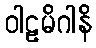
ဝါဠမိဂါနိ